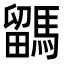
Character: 𩥖